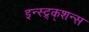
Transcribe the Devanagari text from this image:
इन्स्ट्र्क्शन्स